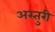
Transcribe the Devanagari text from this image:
अस्तुरी